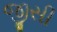
જીસી